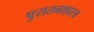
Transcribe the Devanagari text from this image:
पुरातनशास्त्र